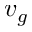
v _ { g }